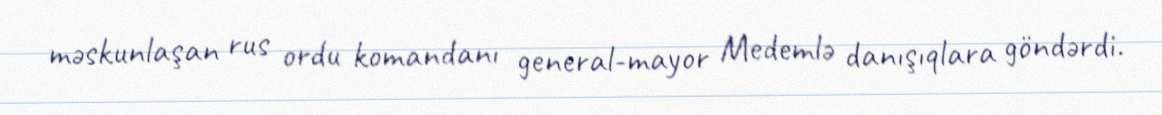
məskunlaşan rus ordu komandanı general-mayor Medemlə danışıqlara göndərdi.